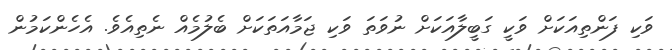
ވަކި ފަންތިއަކަށް ވަކީ ގަބީލާއަކަށް ނުވަތަ ވަކި ޖަމާއަތަކަށް ބެލުމެއް ނެތިއެވެ. އެހެންކަމުން